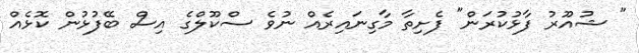
" ޝުއޫރު ފާޅުކުރަން" ފެށިތާ މާގިނައިރެއް ނުވެ ސްކޫލްގެ އިސް ބޭފުޅުން ކޮޅެއް